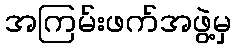
အကြမ်းဖက်အဖွဲ့မှ